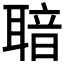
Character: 𦖢